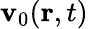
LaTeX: \mathbf{v}_{0}(\mathbf{r},t)